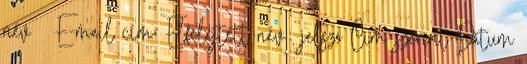
név E-mail cím: Elfelejtett név jelszó Cím szerint Dátum